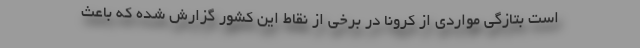
است بتازگی مواردی از کرونا در برخی از نقاط این کشور گزارش شده که باعث